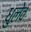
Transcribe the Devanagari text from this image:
धुलेव